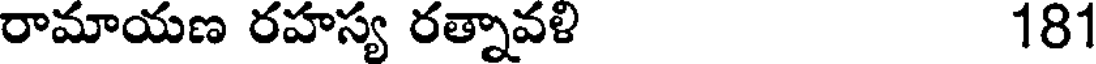
రామాయణ రహస్య రత్నావళి 181